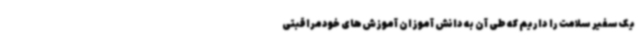
یک سفیر سلامت را داریم که طی آن به دانش آموزان آموزش‌های خودمراقبتی